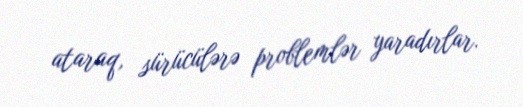
ataraq, sürücülərə problemlər yaradırlar.